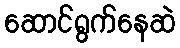
ဆောင်ရွက်နေဆဲ